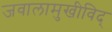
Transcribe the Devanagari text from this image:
जवालामुखीविद्